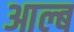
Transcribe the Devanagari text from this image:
आल्ब